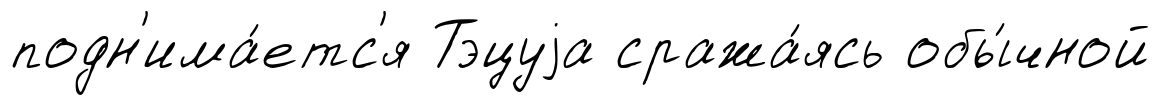
подн'има́етс'я Тэцуjа сража́ясь обы́чной